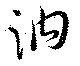
訥